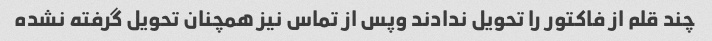
چند قلم از فاکتور را تحویل ندادند وپس از تماس نیز همچنان تحویل گرفته نشده